Scottish Leaving Certificate Examination, 1958
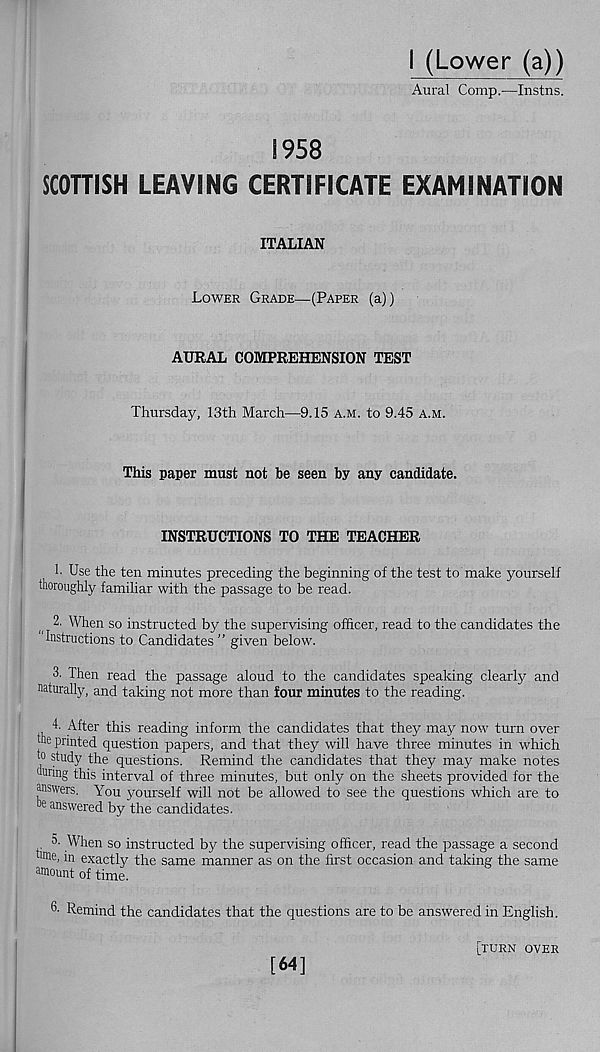
I (Lower (a))
Aural Comp.—Instns.
1958
SCOTTISH LEAVING CERTIFICATE EXAMINATION
ITALIAN
Lower Grade—(Paper (a))
AURAL COMPREHENSION TEST
Thursday, 13th March—9.15 a.m. to 9.45 a.m.
This paper must not be seen by any candidate.
INSTRUCTIONS TO THE TEACHER
1- Use the ten minutes preceding the beginning of the test to make yourself
thoroughly familiar with the passage to be read.
2. When so instructed by the supervising officer, read to the candidates the
Instructions to Candidates ” given below.
3. Then read the passage aloud to the candidates speaking clearly and
naturally, and taking not more than four minutes to the reading.
4. After this reading inform the candidates that they may now turn over
|he printed question papers, and that they will have three minutes in which
0 study the questions. Remind the candidates that they may make notes
miring this interval of three minutes, but only on the sheets provided for the
answers. You yourself will not be allowed to see the questions which are to
be answered by the candidates.
. m When so instructed by the supervising officer, read the passage a second
l ®ie, in exactly the same manner as on the first occasion and taking the same
amount of time.
6- Remind the candidates that the questions are to be answered in English.
[turn over
[64]